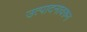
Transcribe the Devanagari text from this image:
उत्पादनावरुन